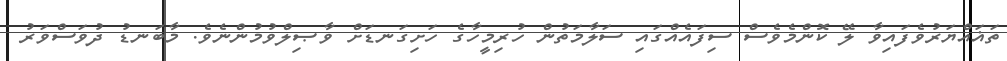
ތަޣައްޔަރުވެފައިވާ ލޭ ކޮންމެވެސް ސިފައެއްގައި ސަލާމަތުން ހުރިމީހާގެ ހަށިގަނޑަށް ވާޞިލްވުމުންނެވެ. މާބަނޑު ދުވަސްވަރު